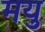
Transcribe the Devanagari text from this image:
मयु